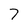
Character: 7